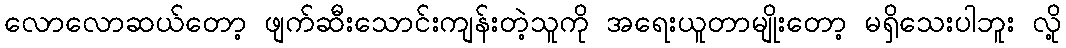
လောလောဆယ်တော့ ဖျက်ဆီးသောင်းကျန်းတဲ့သူကို အရေးယူတာမျိုးတော့ မရှိသေးပါဘူး လို့